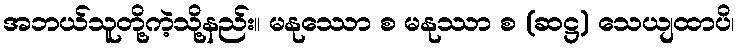
အဘယ်သူတို့ကဲ့သို့နည်း။ မနုဿော စ မနုဿာ စ (ဆဋ္ဌ) သေယျထာပိ၊